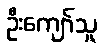
ဦးကျော်သူ